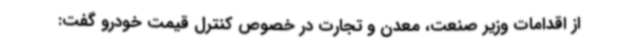
از اقدامات وزیر صنعت، معدن و تجارت در خصوص کنترل قیمت خودرو گفت: